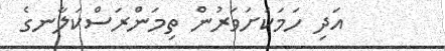
އަދި ހަމަކަށަވަރުން ތިމަންރަސްކަލާނގެ